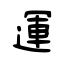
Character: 運